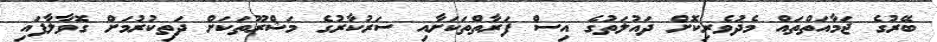
ބޭރުގެ ޖަމާއަތްތައް މެދުވެރިކޮށް ދައުލަތުގެ އިސް ފަރާތްތަކަށާއި ސަރުކާރުގެ މަޝްރޫތަކަށް ދަތިކުރުމަށް ގޮވާލާފައި